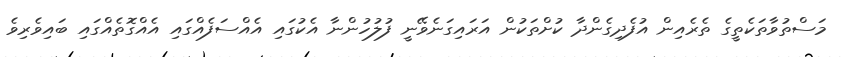
މަސްތުވާތަކެތީގެ ތެރެއިން އުފެދިގެންދާ ކުށްތަކުން އަރައިގަނެވޭނީ ފުލުހުންނާ އެކުގައި އެއްސަފެއްގައި އެއްގޮތެއްގައި ބައިވެރިވެ